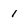
Character: 1